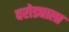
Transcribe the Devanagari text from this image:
वरोड्याला